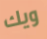
ويك